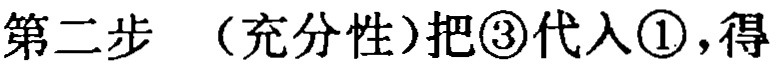
第二步 （充分性）把\textcircled{3}代入\textcircled{1}，得